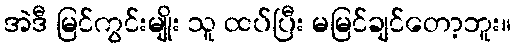
အဲဒီ မြင်ကွင်းမျိုး သူ ထပ်ပြီး မမြင်ချင်တော့ဘူး။